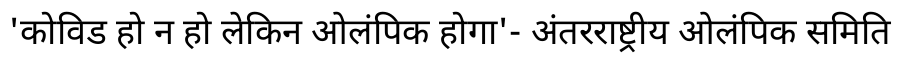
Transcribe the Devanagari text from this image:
'कोविड हो न हो लेकिन ओलंपिक होगा'- अंतरराष्ट्रीय ओलंपिक समिति